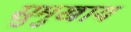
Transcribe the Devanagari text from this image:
सुमुखाय